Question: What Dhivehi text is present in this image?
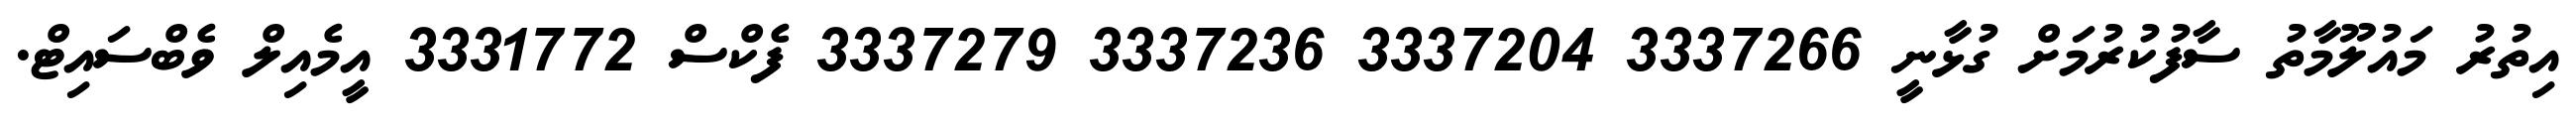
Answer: އިތުރު މައުލޫމާތު ސާފުކުރުމަށް ގުޅާނީ 3337266 3337204 3337236 3337279 ފެކްސް 3331772 އީމެއިލް ވެބްސައިޓް.